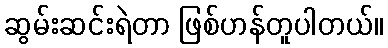
ဆွမ်းဆင်းရဲတာ ဖြစ်ဟန်တူပါတယ်။